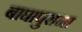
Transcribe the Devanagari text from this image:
बाघापुराना